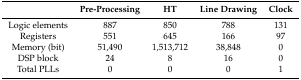
<table><thead><tr><td></td><td><b>Pre-Processing</b></td><td><b>HT</b></td><td><b>Line Drawing</b></td><td><b>Clock</b></td></tr></thead><tbody><tr><td>Logic elements</td><td>887</td><td>850</td><td>788</td><td>131</td></tr><tr><td>Registers</td><td>551</td><td>645</td><td>166</td><td>97</td></tr><tr><td>Memory (bit)</td><td>51,490</td><td>1,513,712</td><td>38,848</td><td>0</td></tr><tr><td>DSP block</td><td>24</td><td>8</td><td>16</td><td>0</td></tr><tr><td>Total PLLs</td><td>0</td><td>0</td><td>0</td><td>1</td></tr></tbody></table>